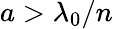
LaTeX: a>\lambda_{0}/n